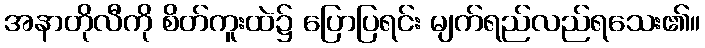
အနာတိုလီကို စိတ်ကူးထဲ၌ ပြောပြရင်း မျက်ရည်လည်ရသေး၏။